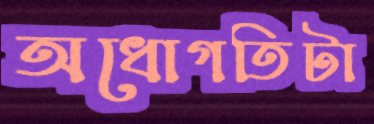
অধোগতিটা